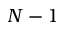
N - 1